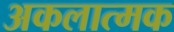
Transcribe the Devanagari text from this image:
अकलात्मक